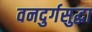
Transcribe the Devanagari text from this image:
वनदुर्गसुद्धा